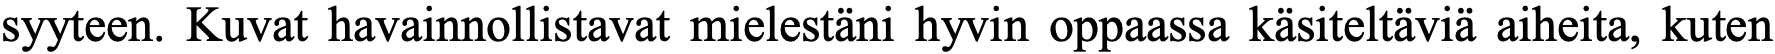
syyteen. Kuvat havainnollistavat mielestäni hyvin oppaassa käsiteltäviä aiheita, kuten